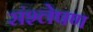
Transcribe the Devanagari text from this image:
संश्‍लेषण